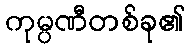
ကုမ္ပဏီတစ်ခု၏